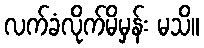
လက်ခံလိုက်မိမှန်း မသိ။